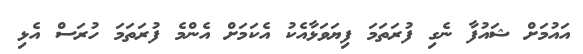
އައުމަށް ޝައުފާ ނެގި ފުރަތަމަ ފިޔަވަޅާއެކު އެކަމަށް އެންމެ ފުރަތަމަ ހުރަސް އެޅި